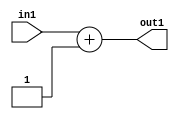
`timescale 1ps / 1ps
/*****************************************************************************
    Verilog RTL Description
    
    
    Created by: Stratus DpOpt 2019.1.01 
*******************************************************************************/

module DC_Filter_Add2i1s32_4 (
	in1,
	out1
	); /* architecture "behavioural" */ 
input [31:0] in1;
output [31:0] out1;
wire [31:0] asc001;

assign asc001 = 
	+(in1)
	+(32'B00000000000000000000000000000001);

assign out1 = asc001;
endmodule

/* CADENCE  ubP0SQk= : u9/ySgnWtBlWxVPRXgAZ4Og= ** DO NOT EDIT THIS LINE ******/